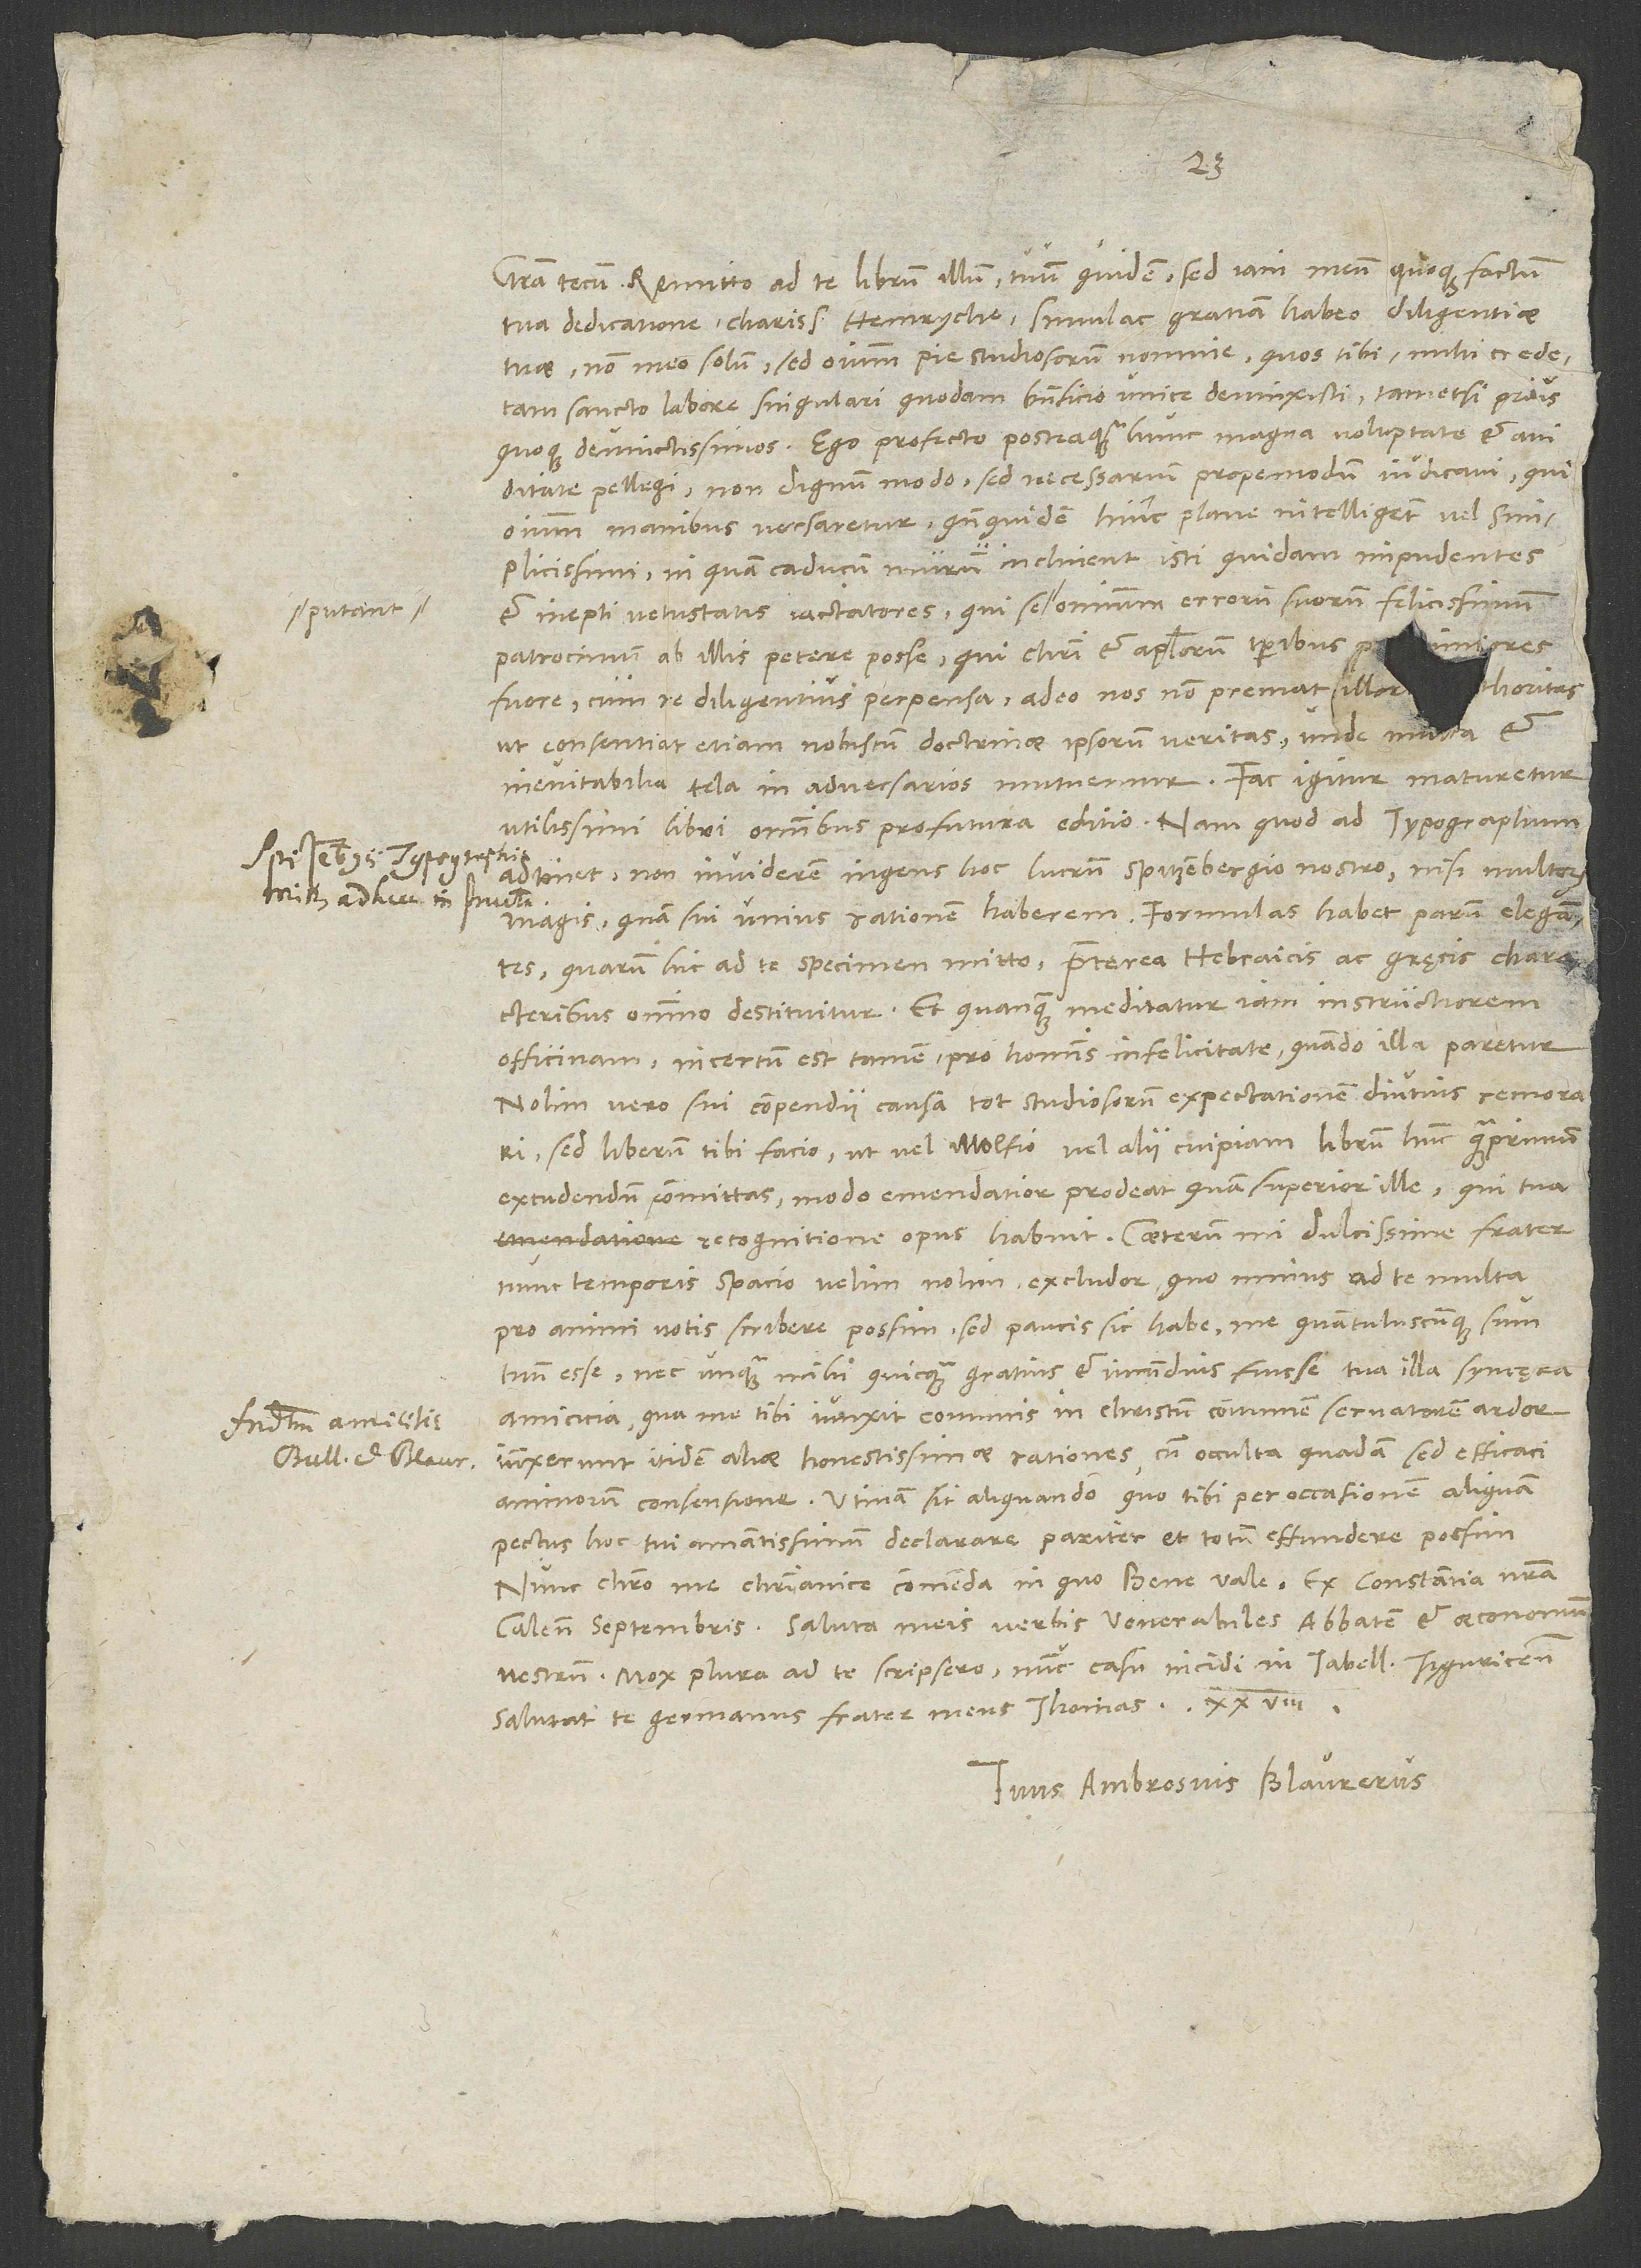
28.
tua dedicatione, charissime Heinryche, simul ac gratiam habeo diligentiae
tuae non meo solum, sed omnium pie studiosorum nomine, quos tibi, mihi crede,
tam sancto labore singulari quodam beneficio unice devinxisti, tametsi prius
quoque devinctissimos. Ego profecto, posteaquam hunc magna voluptate et aviditate
pellegi, non dignum modo, sed necessarium propemodum iudicavi, qui
omnium manibus versaretur, quandoquidem hinc plane intelligent vel
simplicissimi, in quam caducum murum inclinent isti quidam impudentes
et inepti vetustatis iactatores, qui se putant omnium errorum suorum felicissimum
patrocinium ab illis petere posse, qui Christi et apostolorum temporibus -
- p compendii causa tot studiosorum expectationem diutius remorari,
sed liberum tibi facio, ut vel Wolfio vel alii cuipiam librum hunc quamprimum
excudendum committas, modo emendatior prodeat quam superior ille, qui tua
recognitione opus habuit. Caeterum, mi dulcissime frater,
nunc temporis spatio velim nolim excludor, quo minus ad te multa
pro animi votis scribere possim. Sed paucis sic habe me, quantuluscunque sum,
tuum esse nec unquam mihi quicquam gratius et iucundius fuisse tua illa syncęra
amicicia, qua me tibi iunxit comunis in Christum, communem servatorem, ardor,
iunxerunt itidem aliae honestissimae rationes cum occulta quadam, sed efficaci
animorum consensione. Utinam sit aliquando, quo tibi per occasionem aliquam
pectus hoc tui amantissimum declarare pariter et totum effundere possim!
calendis septembris. Saluta meis verbis venerabiles abbatem et oeconomum
vestrum. Mox plura ad te scripsero; nunc casu incidi in tabell Tyguricensem.
Salutat te germanus frater meus Thomas.
Tuus Ambrosius Blaurerus.